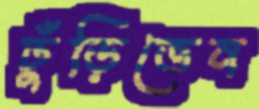
ঢুঁড়িতেন